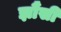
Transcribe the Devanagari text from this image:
झौंसी